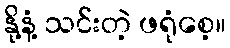
နို့နံ့ သင်းတဲ့ ဖရုံစေ့။